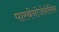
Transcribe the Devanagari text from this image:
पारथेनोजेनेसिस